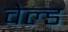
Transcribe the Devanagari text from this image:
वेल्‍ड